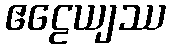
ဧဠေယျဿ